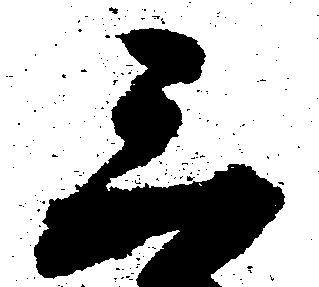
三